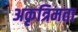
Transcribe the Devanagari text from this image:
अकृत्रिमता